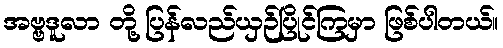
အဗ္ဗဒူလာ တို့ ပြန်လည်ယှဉ်ပြိုင်ကြမှာ ဖြစ်ပါတယ်။